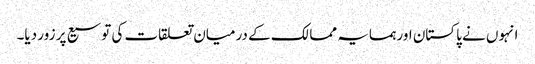
انہوں نے پاکستان اور ہمسایہ ممالک کے درمیان تعلقات کی توسیع پر زور دیا۔